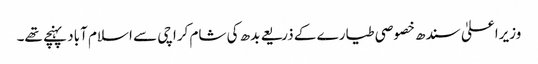
وزیراعلیٰ سندھ خصوصی طیارے کے ذریعے بدھ کی شام کراچی سے اسلام آباد پہنچے تھے۔